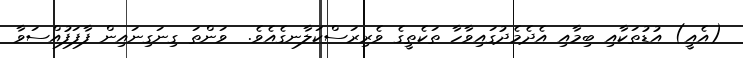
(އެއީ) އުޑުތަކާއި ބިމާއި އެދެމެދުގައިވާހާ ތަކެތީގެ ވެރިރަސްކަލާނގެއެވެ.  ވަންތަ ގިނަގިނައިން ފާފަފުއްސަވާ